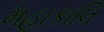
મહાકાલિ